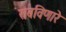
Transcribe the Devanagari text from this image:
राबविणारे